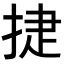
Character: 𭡈